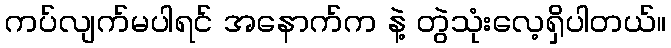
ကပ်လျက်မပါရင် အနောက်က နဲ့ တွဲသုံးလေ့ရှိပါတယ်။